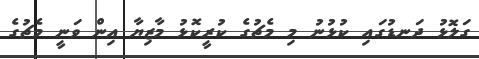
ގަލޮޅު ދަނޑުގައި ކުޅުނު މި މެޗުގެ ކުރީކޮޅު މާޒިޔާ އިން ވަނީ މެޗުގެ